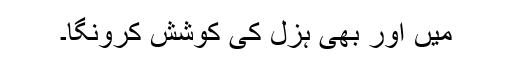
میں اور بھی ہزل کی کوشش کرونگا۔